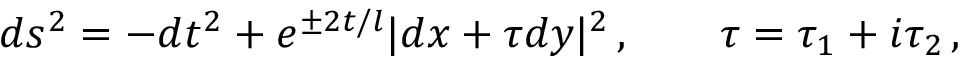
d s ^ { 2 } = - d t ^ { 2 } + e ^ { \pm 2 t / l } | d x + \tau d y | ^ { 2 } \, , \qquad \tau = \tau _ { 1 } + i \tau _ { 2 } \, ,